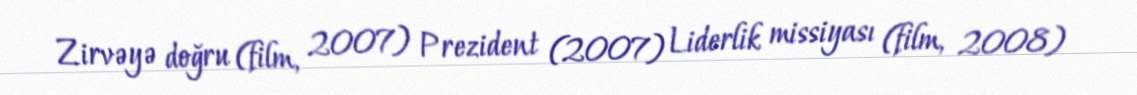
Zirvəyə doğru (film, 2007) Prezident (2007) Liderlik missiyası (film, 2008)